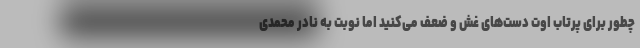
چطور برای پرتاب اوت دست‌های غش و ضعف می‌کنید اما نوبت به نادر محمدی